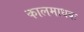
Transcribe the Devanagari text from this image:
कालमाधवः